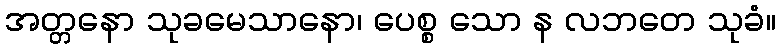
အတ္တနော သုခမေသာနော၊ ပေစ္စ သော န လဘတေ သုခံ။